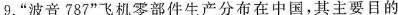
9.”波音787”飞机零部件生产分布在中国，其主要目的